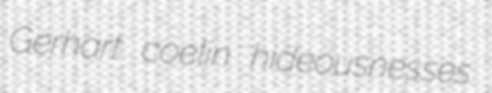
Gerhart coelin hideousnesses